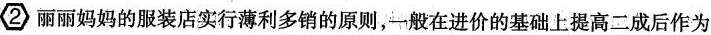
2 丽丽妈妈的服装店实行薄利多销的原则，一般在进价的基础上提高二成后作为